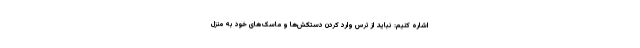
اشاره کنیم: نباید از ترس وارد کردن دستکش‌ها و ماسک‌های خود به منزل